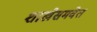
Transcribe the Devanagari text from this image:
शाखेसमवेत